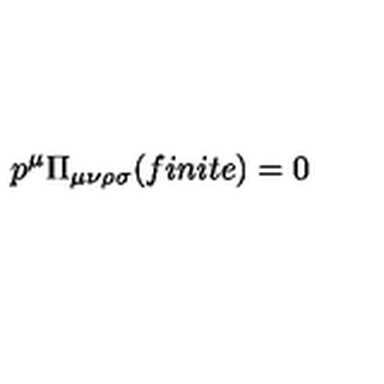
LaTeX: p ^ { \mu } \Pi _ { \mu \nu \rho \sigma } ( f i n i t e ) = 0